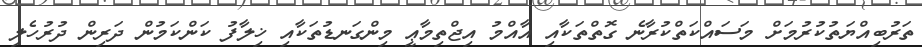
ތަރުބިއްޔަތުކުރުމަށް މަސައްކަތްކުރާނެ ގޮތްތަކާއި އާއްމު އިޖްތިމާޢީ މިންގަނޑުތަކާއި ޚިލާފު ކަންކަމުން ދަރިން ދުރުހެލި